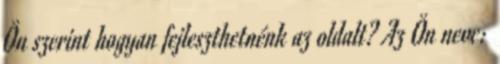
Ön szerint hogyan fejleszthetnénk az oldalt? Az Ön neve: